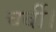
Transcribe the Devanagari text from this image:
चर्बी।